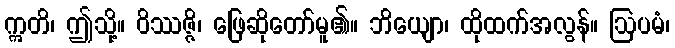
ဣတိ၊ ဤသို့။ ဝိဿဇ္ဇိ၊ ဖြေဆိုတော်မူ၏။ ဘိယျော၊ ထိုထက်အလွန်။ ဩပမံ၊